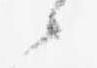
候